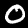
Digit: 0